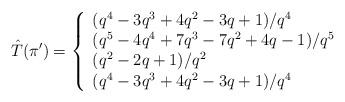
\begin{align*}\hat{T}(\pi') = \left\{\begin{array}{l l}(q^4-3q^3+4q^2-3q+1)/q^4 & \\(q^5-4q^4+7q^3-7q^2+4q-1)/q^5 & \\(q^2-2q+1)/q^2 & \\(q^4-3q^3+4q^2-3q+1)/q^4 & \end{array} \right. \end{align*}